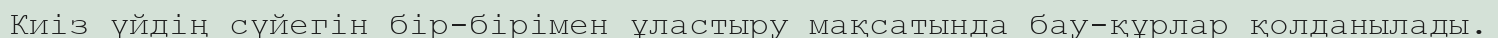
Киіз үйдің сүйегін бір-бірімен ұластыру мақсатында бау-құрлар қолданылады.